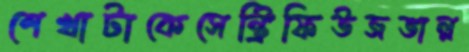
শেখাটাকেসেন্ট্রিফিউজভাল্ল